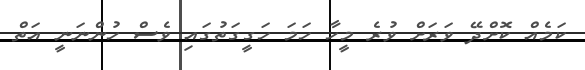
ކަމެއް ކޮށްދޭ ވަރަށް ވުރެ މީހާ ހަމަ ހަގީގަތުގައި ވެސް ހުންނަނީ އަތް